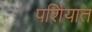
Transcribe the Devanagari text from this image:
पर्शियात